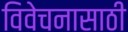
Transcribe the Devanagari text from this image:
विवेचनासाठी